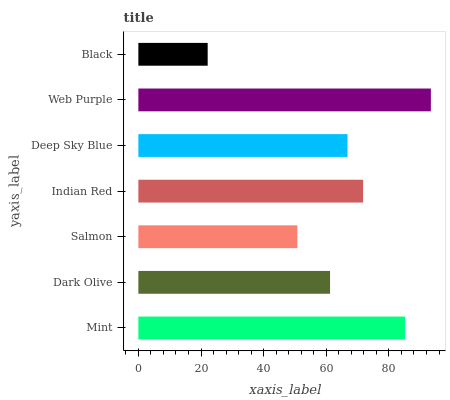
| yaxis_label | bars |
 | --- | --- |
 | Mint | 85.1 |
 | Dark Olive | 61.2 |
 | Salmon | 50.8 |
 | Indian Red | 71.8 |
 | Deep Sky Blue | 66.8 |
 | Web Purple | 93.4 |
 | Black | 22.1 |